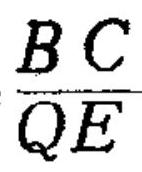
\(\frac{BC}{QE}\)